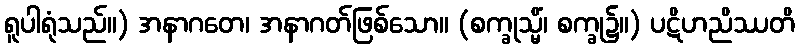
ရူပါရုံသည်။) အနာဂတေ၊ အနာဂတ်ဖြစ်သော။ (စက္ခုသ္မိံ၊ စက္ခု၌။) ပဋိဟညိဿတိ